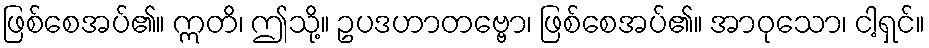
ဖြစ်စေအပ်၏။ ဣတိ၊ ဤသို့။ ဥပဒဟာတဗ္ဗော၊ ဖြစ်စေအပ်၏။ အာဝုသော၊ ငါ့ရှင်။